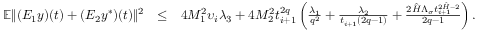
\begin{array} { r l r } { \mathbb { E } \| ( { \cal E } _ { 1 } y ) ( t ) + ( { \cal E } _ { 2 } y ^ { * } ) ( t ) \| ^ { 2 } } & { \leq } & { 4 { \cal M } _ { 1 } ^ { 2 } \upsilon _ { i } \lambda _ { 3 } + 4 { \cal M } _ { 2 } ^ { 2 } { t } _ { i + 1 } ^ { 2 q } \left( \frac { \lambda _ { 1 } } { q ^ { 2 } } + \frac { \lambda _ { 2 } } { t _ { i + 1 } ( 2 q - 1 ) } + \frac { 2 \hat { \cal H } \Lambda _ { \sigma } t _ { i + 1 } ^ { 2 \hat { \cal H } - 2 } } { 2 q - 1 } \right) . } \end{array}